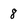
Character: 8